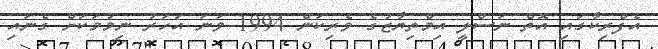
އެފްރިކާގައި އޮތް ނަސްލީ އިމްތިޔާޒުގެ ވެރިކަން 1994 ވަނަ އަހަރު ނިމުމަކަށް ގެނައި